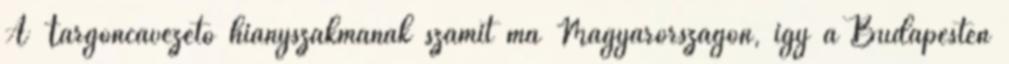
A Targoncavezető hiányszakmának számít ma Magyarországon, így a Budapesten